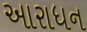
આરાધન